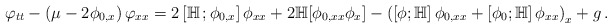
\begin{align*}\varphi_{tt}-\left(\mu-2\phi_{0,x}\right)\varphi_{xx}=2\left[\mathbb H\,;\phi_{0,x}\right]\phi_{xx}+2\mathbb H[\phi_{0,xx}\phi_x]-\left(\left[\phi;\mathbb H\right]\phi_{0,xx}+\left[\phi_0;\mathbb H\right]\phi_{xx}\right)_x+g\,.\end{align*}